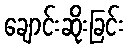
ချောင်းဆိုးခြင်း